Indian journal of veterinary science and animal husbandry - Volume 6,
Year: 1936
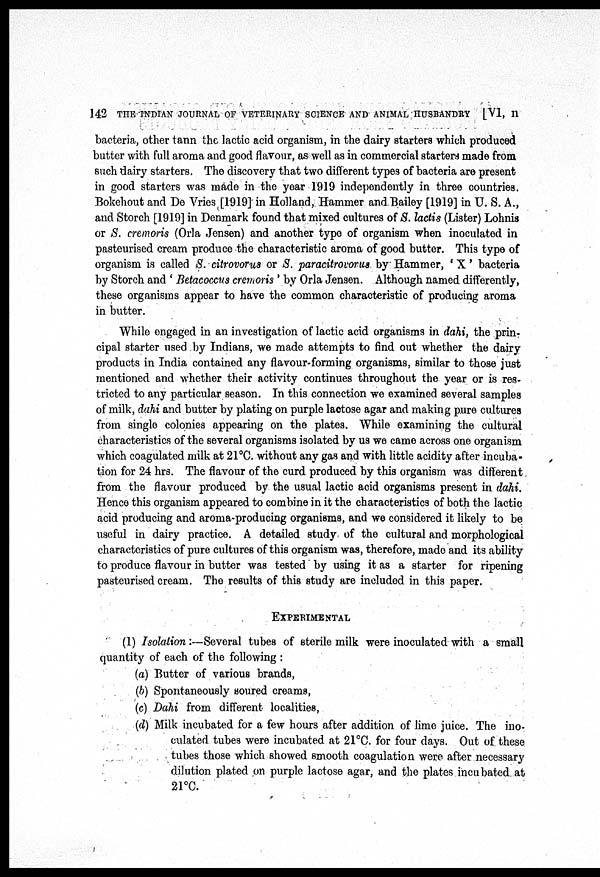
142 THE INDIAN JOURNAL OF VETERINARY SCIENCE AND ANIMAL HUSBANDRY [VI, II
bacteria, other tann the lactic acid organism, in the dairy starters which produced
butter with full aroma and good flavour, as well as in commercial starters made from
such dairy starters. The discovery that two different types of bacteria are present
in good starters was made in the year 1919 independently in three countries.
Bokehout and De Vries [1919] in Holland, Hammer and Bailey [1919] in U. S. A.,
and Storch [1919] in Denmark found that mixed cultures of S. lactis (Lister) Lohnis
or S. cremoris (Orla Jensen) and another type of organism when inoculated in
pasteurised cream produce the characteristic aroma of good butter. This type of
organism is called S. citrovorus or S. paracitrovorus by Hammer, ' X' bacteria
by Storch and ' Betacoccus cremoris ' by Orla Jensen. Although named differently,
these organisms appear to have the common characteristic of producing aroma
in butter.
While engaged in an investigation of lactic acid organisms in dahi, the prin-
cipal starter used by Indians, we made attempts to find out whether the dairy
products in India contained any flavour-forming organisms, similar to those just
mentioned and whether their activity continues throughout the year or is res-
tricted to any particular season. In this connection we examined several samples
of milk, dahi and butter by plating on purple lactose agar and making pure cultures
from single colonies appearing on the plates. While examining the cultural
characteristics of the several organisms isolated by us we came across one organism
which coagulated milk at 21°C. without any gas and with little acidity after incuba-
tion for 24 hrs. The flavour of the curd produced by this organism was different
from the flavour produced by the usual lactic acid organisms present in dahi.
Hence this organism appeared to combine in it the characteristics of both the lactic
acid producing and aroma-producing organisms, and we considered it likely to be
useful in dairy practice. A detailed study of the cultural and morphological
characteristics of pure cultures of this organism was, therefore, made and its ability
to produce flavour in butter was tested by using it as a starter for ripening
pasteurised cream. The results of this study are included in this paper.
EXPERIMENTAL
(1) Isolation:—Several tubes of sterile milk were inoculated with a small
quantity of each of the following :
(a) Butter of various brands,
(b) Spontaneously soured creams,
(c) Dahi from different localities,
(d) Milk incubated for a few hours after addition of lime juice. The ino-
culated tubes were incubated at 21°C. for four days. Out of these
tubes those which showed smooth coagulation were after necessary
dilution plated on purple lactose agar, and the plates incubated at
21°C.